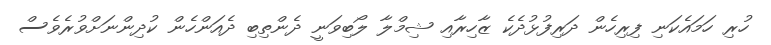
ހުރި ހަމައެކަނި ފިރިހެން ދަރިފުޅުދެކެ ޒާހިރާއި ޝިމްލާ ލޯބިވަނީ ދެންތިބި ދެއަންހެން ކުދިންނަށްވުރެވެސް